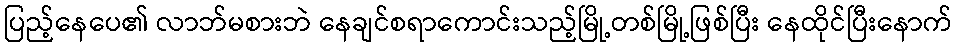
ပြည့်နေပေ၏ လာဘ်မစားဘဲ နေချင်စရာကောင်းသည့်မြို့တစ်မြို့ဖြစ်ပြီး နေထိုင်ပြီးနောက်